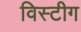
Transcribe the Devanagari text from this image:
विस्टीग